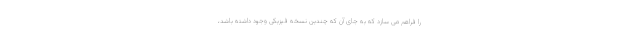
را فراهم می سازد که به جای آن که چندین نسخه فیزیکی وجود داشته باشد،